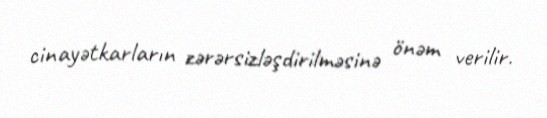
cinayətkarların zərərsizləşdirilməsinə önəm verilir.